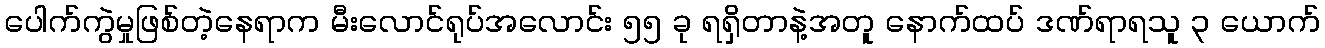
ပေါက်ကွဲမှုဖြစ်တဲ့နေရာက မီးလောင်ရုပ်အလောင်း ၅၅ ခု ရရှိတာနဲ့အတူ နောက်ထပ် ဒဏ်ရာရသူ ၃ ယောက်